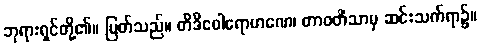
ဘုရားရှင်တို့၏။ မြတ်သည်။ တိဒိဝေါရောဟဏေ၊ တာဝတိံသာမှ ဆင်းသက်ရာ၌။